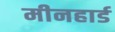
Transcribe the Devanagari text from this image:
मीनहार्ड